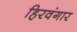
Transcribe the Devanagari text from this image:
हिरवंगार